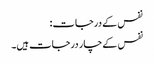
نفس کے درجات:
نفس کےچار درجات ہیں۔